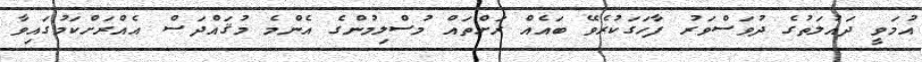
އުމަވީ ދައުލަތުގެ ދުވަސްވަރު ފާހަގަކުރެވޭ ބައެއް ރަށްތައް މުސްލިމުންގެ އެންމެ މުޤައްދަސް އެއްރަށްކަމުގައިވާ